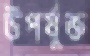
উপর্যুক্ত